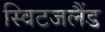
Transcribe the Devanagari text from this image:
स्विटजलैंड